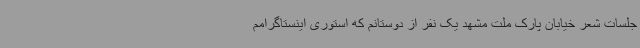
جلسات شعر خیابان پارک ملت مشهد یک نفر از دوستانم که استوری اینستاگرامم